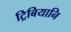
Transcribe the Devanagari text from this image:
ट्रिबियानि